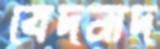
বেদনাদ